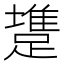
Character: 𨄟